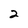
Character: 2